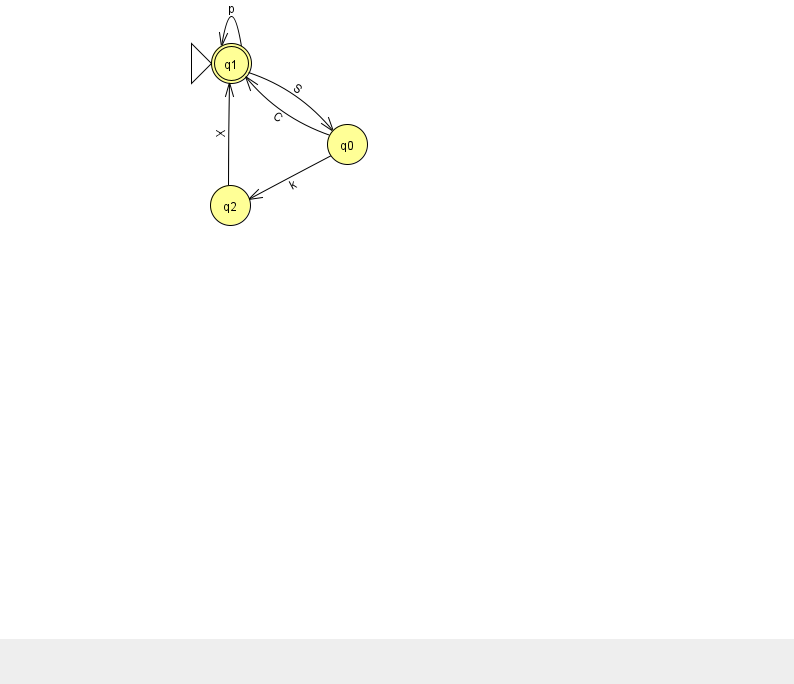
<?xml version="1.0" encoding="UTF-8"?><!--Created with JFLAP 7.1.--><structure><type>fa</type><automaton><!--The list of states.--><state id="0" name="q0"><x>347.0</x><y>131.0</y></state><state id="1" name="q1"><x>231.0</x><y>50.0</y><initial/><final/></state><state id="2" name="q2"><x>230.0</x><y>192.0</y></state><!--The list of transitions.--><transition><from>1</from><to>1</to><read>p</read></transition><transition><from>0</from><to>2</to><read>k</read></transition><transition><from>2</from><to>1</to><read>X</read></transition><transition><from>0</from><to>1</to><read>C</read></transition><transition><from>1</from><to>0</to><read>S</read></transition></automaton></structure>